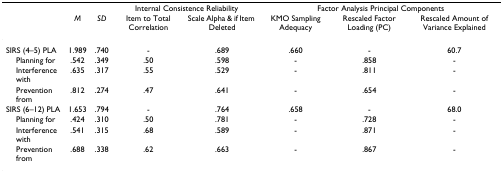
|  |  |  | <COLSPAN=2> Internal Consistence Reliability | <COLSPAN=3> Factor Analysis Principal Components |
 |  | M | SD | Item to Total Correlation | Scale Alpha & if Item Deleted | KMO Sampling Adequacy | Rescaled Factor Loading (PC) | Rescaled Amount of Variance Explained |
 | --- | --- | --- | --- | --- | --- | --- | --- |
 | SIRS (4–5) PLA | 1.989 | .740 | - | .689 | .660 | - | 60.7 |
 | Planning for | .542 | .349 | .50 | .598 | - | .858 | - |
 | Interference with | .635 | .317 | .55 | .529 | - | .811 | - |
 | Prevention from | .812 | .274 | .47 | .641 | - | .654 | - |
 | SIRS (6–12) PLA | 1.653 | .794 | - | .764 | .658 | - | 68.0 |
 | Planning for | .424 | .310 | .50 | .781 | - | .728 | - |
 | Interference with | .541 | .315 | .68 | .589 | - | .871 | - |
 | Prevention from | .688 | .338 | .62 | .663 | - | .867 | - |